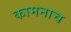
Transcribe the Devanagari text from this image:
कामनाच